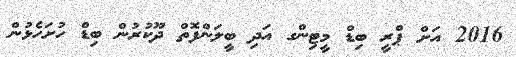
2016 އަށް ޕްރީ ބިޑް މީޓިންގ އަދި ބީލަންފޮތް ދޫކުރުން ބިޑް ހުށަހެޅުން